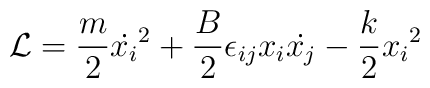
{\cal {L}} = \frac{m}{2}{\dot{x_i}}^2 + \frac{B}{2}\epsilon_{ij}x_i\dot{x_j} - \frac{k}{2}{x_i}^2